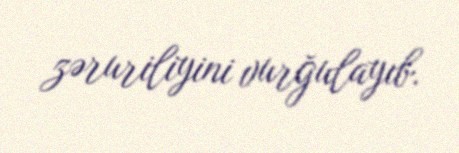
zəruriliyini vurğulayıb.